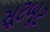
સૂટબૂટ